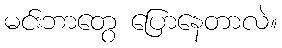
မင်းဘာတွေ ပြောနေတာလဲ။